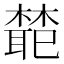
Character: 𭬊